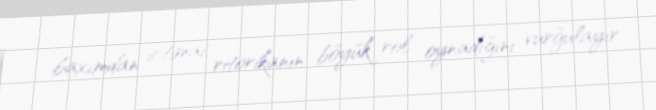
baxımdan ictimai ritorikanın böyük rol oynadığını vurğulayır.